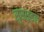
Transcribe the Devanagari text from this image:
सुसाइडल